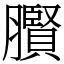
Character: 臔